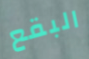
البقع